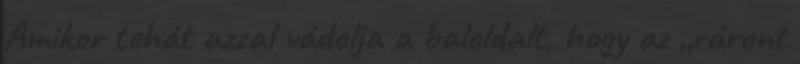
Amikor tehát azzal vádolja a baloldalt, hogy az „ráront